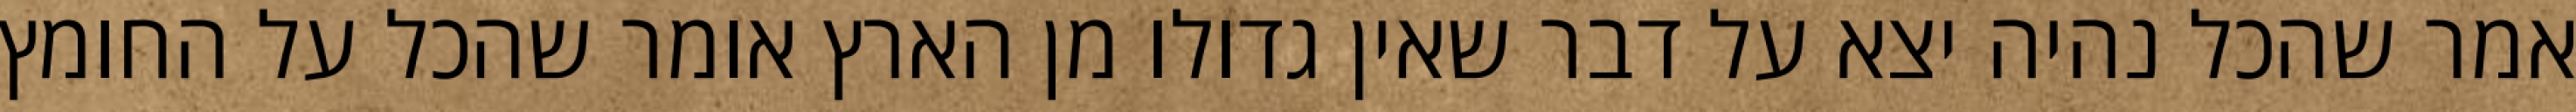
אמר שהכל נהיה יצא על דבר שאין גדולו מן הארץ אומר שהכל על החומץ